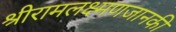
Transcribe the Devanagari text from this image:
श्रीरामलक्ष्मणजानकी